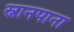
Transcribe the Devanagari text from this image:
स्नानपाना